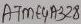
Text: ATME4A328